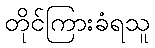
တိုင်ကြားခံရသူ